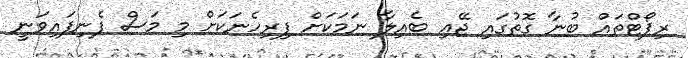
ރިޕޯޓްތައް ބުނާ ގޮތުގައި ޖޭއި ބެއިލާ ނަމަކަށް ފިރިހެނަކަށް މި މަސް ފެނިފައިވަނީ